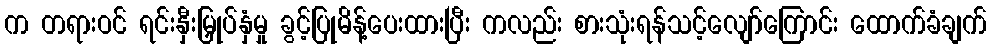
က တရားဝင် ရင်းနှီးမြှုပ်နှံမှု ခွင့်ပြုမိန့်ပေးထားပြီး ကလည်း စားသုံးရန်သင့်လျော်ကြောင်း ထောက်ခံချက်